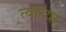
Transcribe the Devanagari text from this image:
त्यांव्या